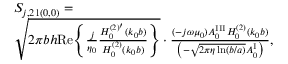
\begin{array} { r l } & { S _ { j , 2 1 ( 0 , 0 ) } = } \\ & { \sqrt { 2 \pi b h \mathrm { R e } \Bigg \{ \frac { j } { \eta _ { 0 } } \frac { H _ { 0 } ^ { ( 2 ) ^ { \prime } } ( k _ { 0 } b ) } { H _ { 0 } ^ { ( 2 ) } ( k _ { 0 } b ) } \Bigg \} } \cdot \frac { ( - j \omega \mu _ { 0 } ) A _ { 0 } ^ { \mathrm { I I I } } H _ { 0 } ^ { ( 2 ) } ( k _ { 0 } b ) } { \big ( - \sqrt { 2 \pi \eta \ln ( b / a ) } A _ { 0 } ^ { \mathrm { I } } \big ) } , } \end{array}